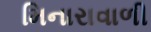
મિનારાવાળી